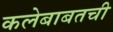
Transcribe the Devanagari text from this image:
कलेबाबतची